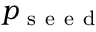
p _ { \mathrm { ~ s ~ e ~ e ~ d ~ } }